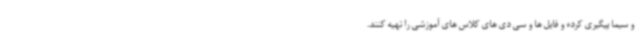
و سیما پیگیری کرده و فایل ها و سی دی های کلاس های آموزشی را تهیه کنند.